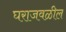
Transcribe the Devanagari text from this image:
घराजवळील